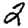
Digit: 2